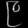
Digit: ၉